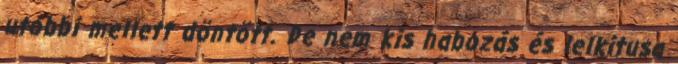
utóbbi mellett döntött. De nem kis habozás és lelkitusa